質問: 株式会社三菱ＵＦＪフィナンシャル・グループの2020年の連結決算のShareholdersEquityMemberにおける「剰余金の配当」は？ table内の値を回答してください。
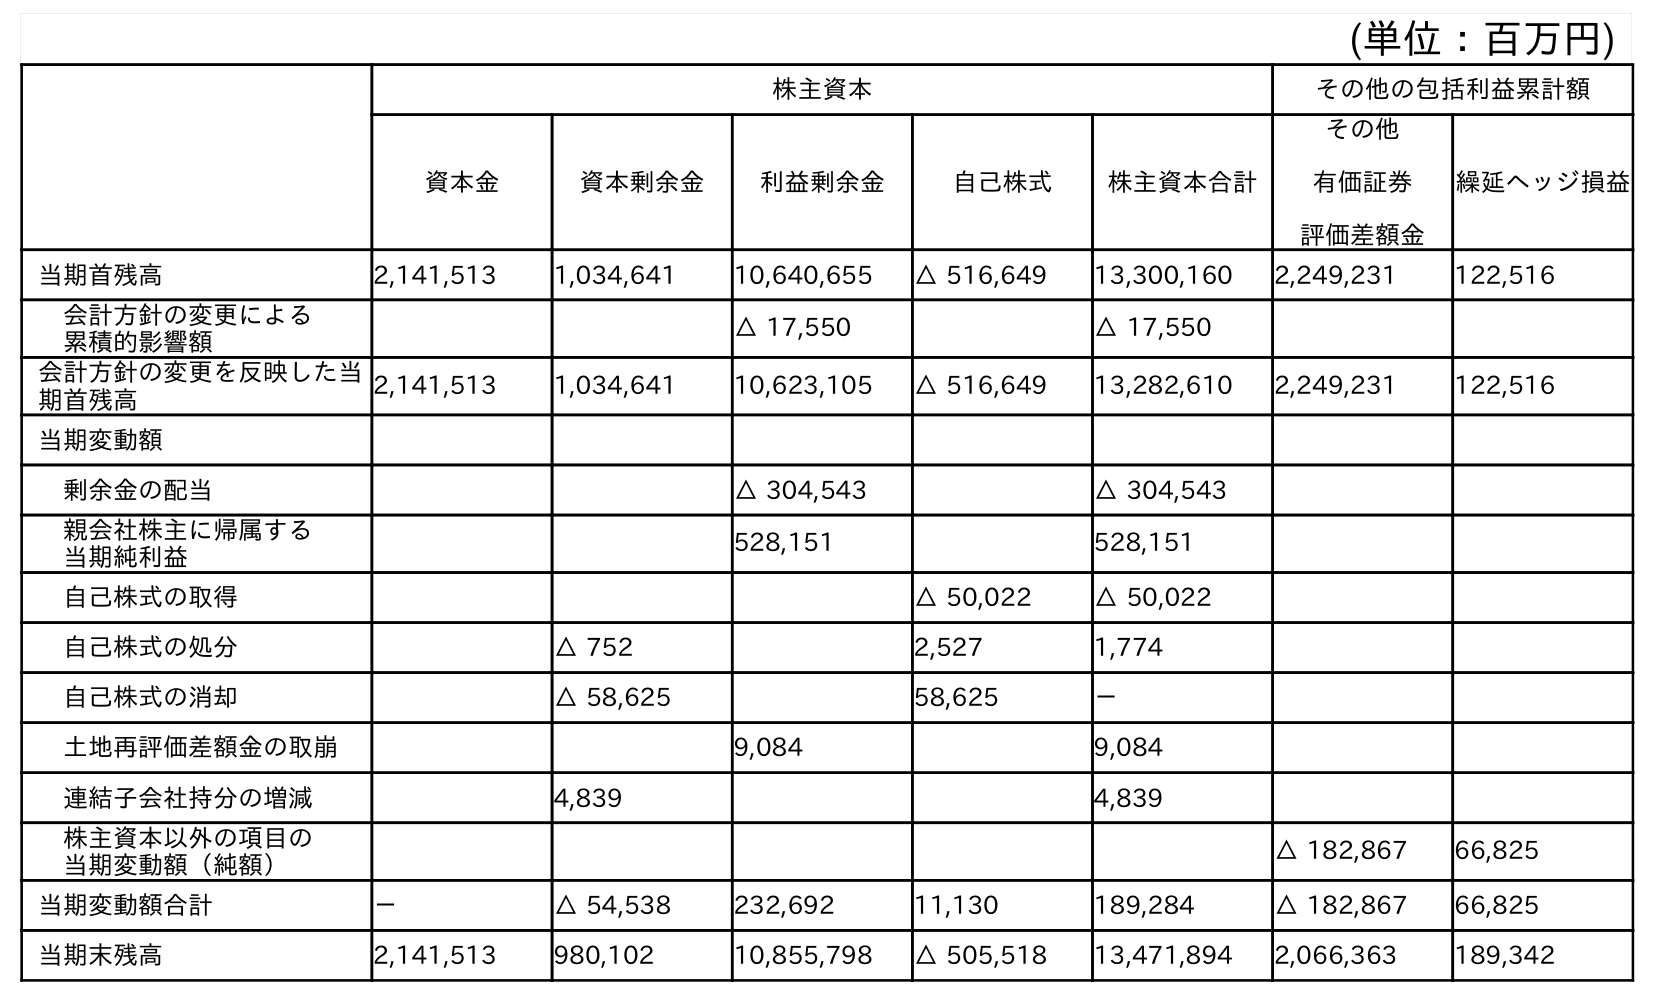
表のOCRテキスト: (単位：百万円) 株主資本 その他の包括利益累計額 資本金 資本剰余金 利益剰余金 自己株式 株主資本合計 その他 有価証券 評価差額金 繰延ヘッジ損益 当期首残高 2,141,513 1,034,641 10,640,655 △ 516,649 13,300,160 2,249,231 122,516 会計方針の変更による 累積的影響額 △ 17,550 △ 17,550 会計方針の変更を反映した当 期首残高 2,141,513 1,034,641 10,623,105 △ 516,649 13,282,610 2,249,231 122,516 当期変動額 剰余金の配当 △ 304,543 △ 304,543 親会社株主に帰属する 当期純利益 528,151 528,151 自己株式の取得 △ 50,022 △ 50,022 自己株式の処分 △ 752 2,527 1,774 自己株式の消却 △ 58,625 58,625 － 土地再評価差額金の取崩 9,084 9,084 連結子会社持分の増減 4,839 4,839 株主資本以外の項目の 当期変動額（純額） △ 182,867 66,825 当期変動額合計 － △ 54,538 232,692 11,130 189,284 △ 182,867 66,825 当期末残高 2,141,513 980,102 10,855,798 △ 505,518 13,471,894 2,066,363 189,342
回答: △304,543